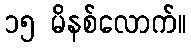
၁၅ မိနစ်လောက်။